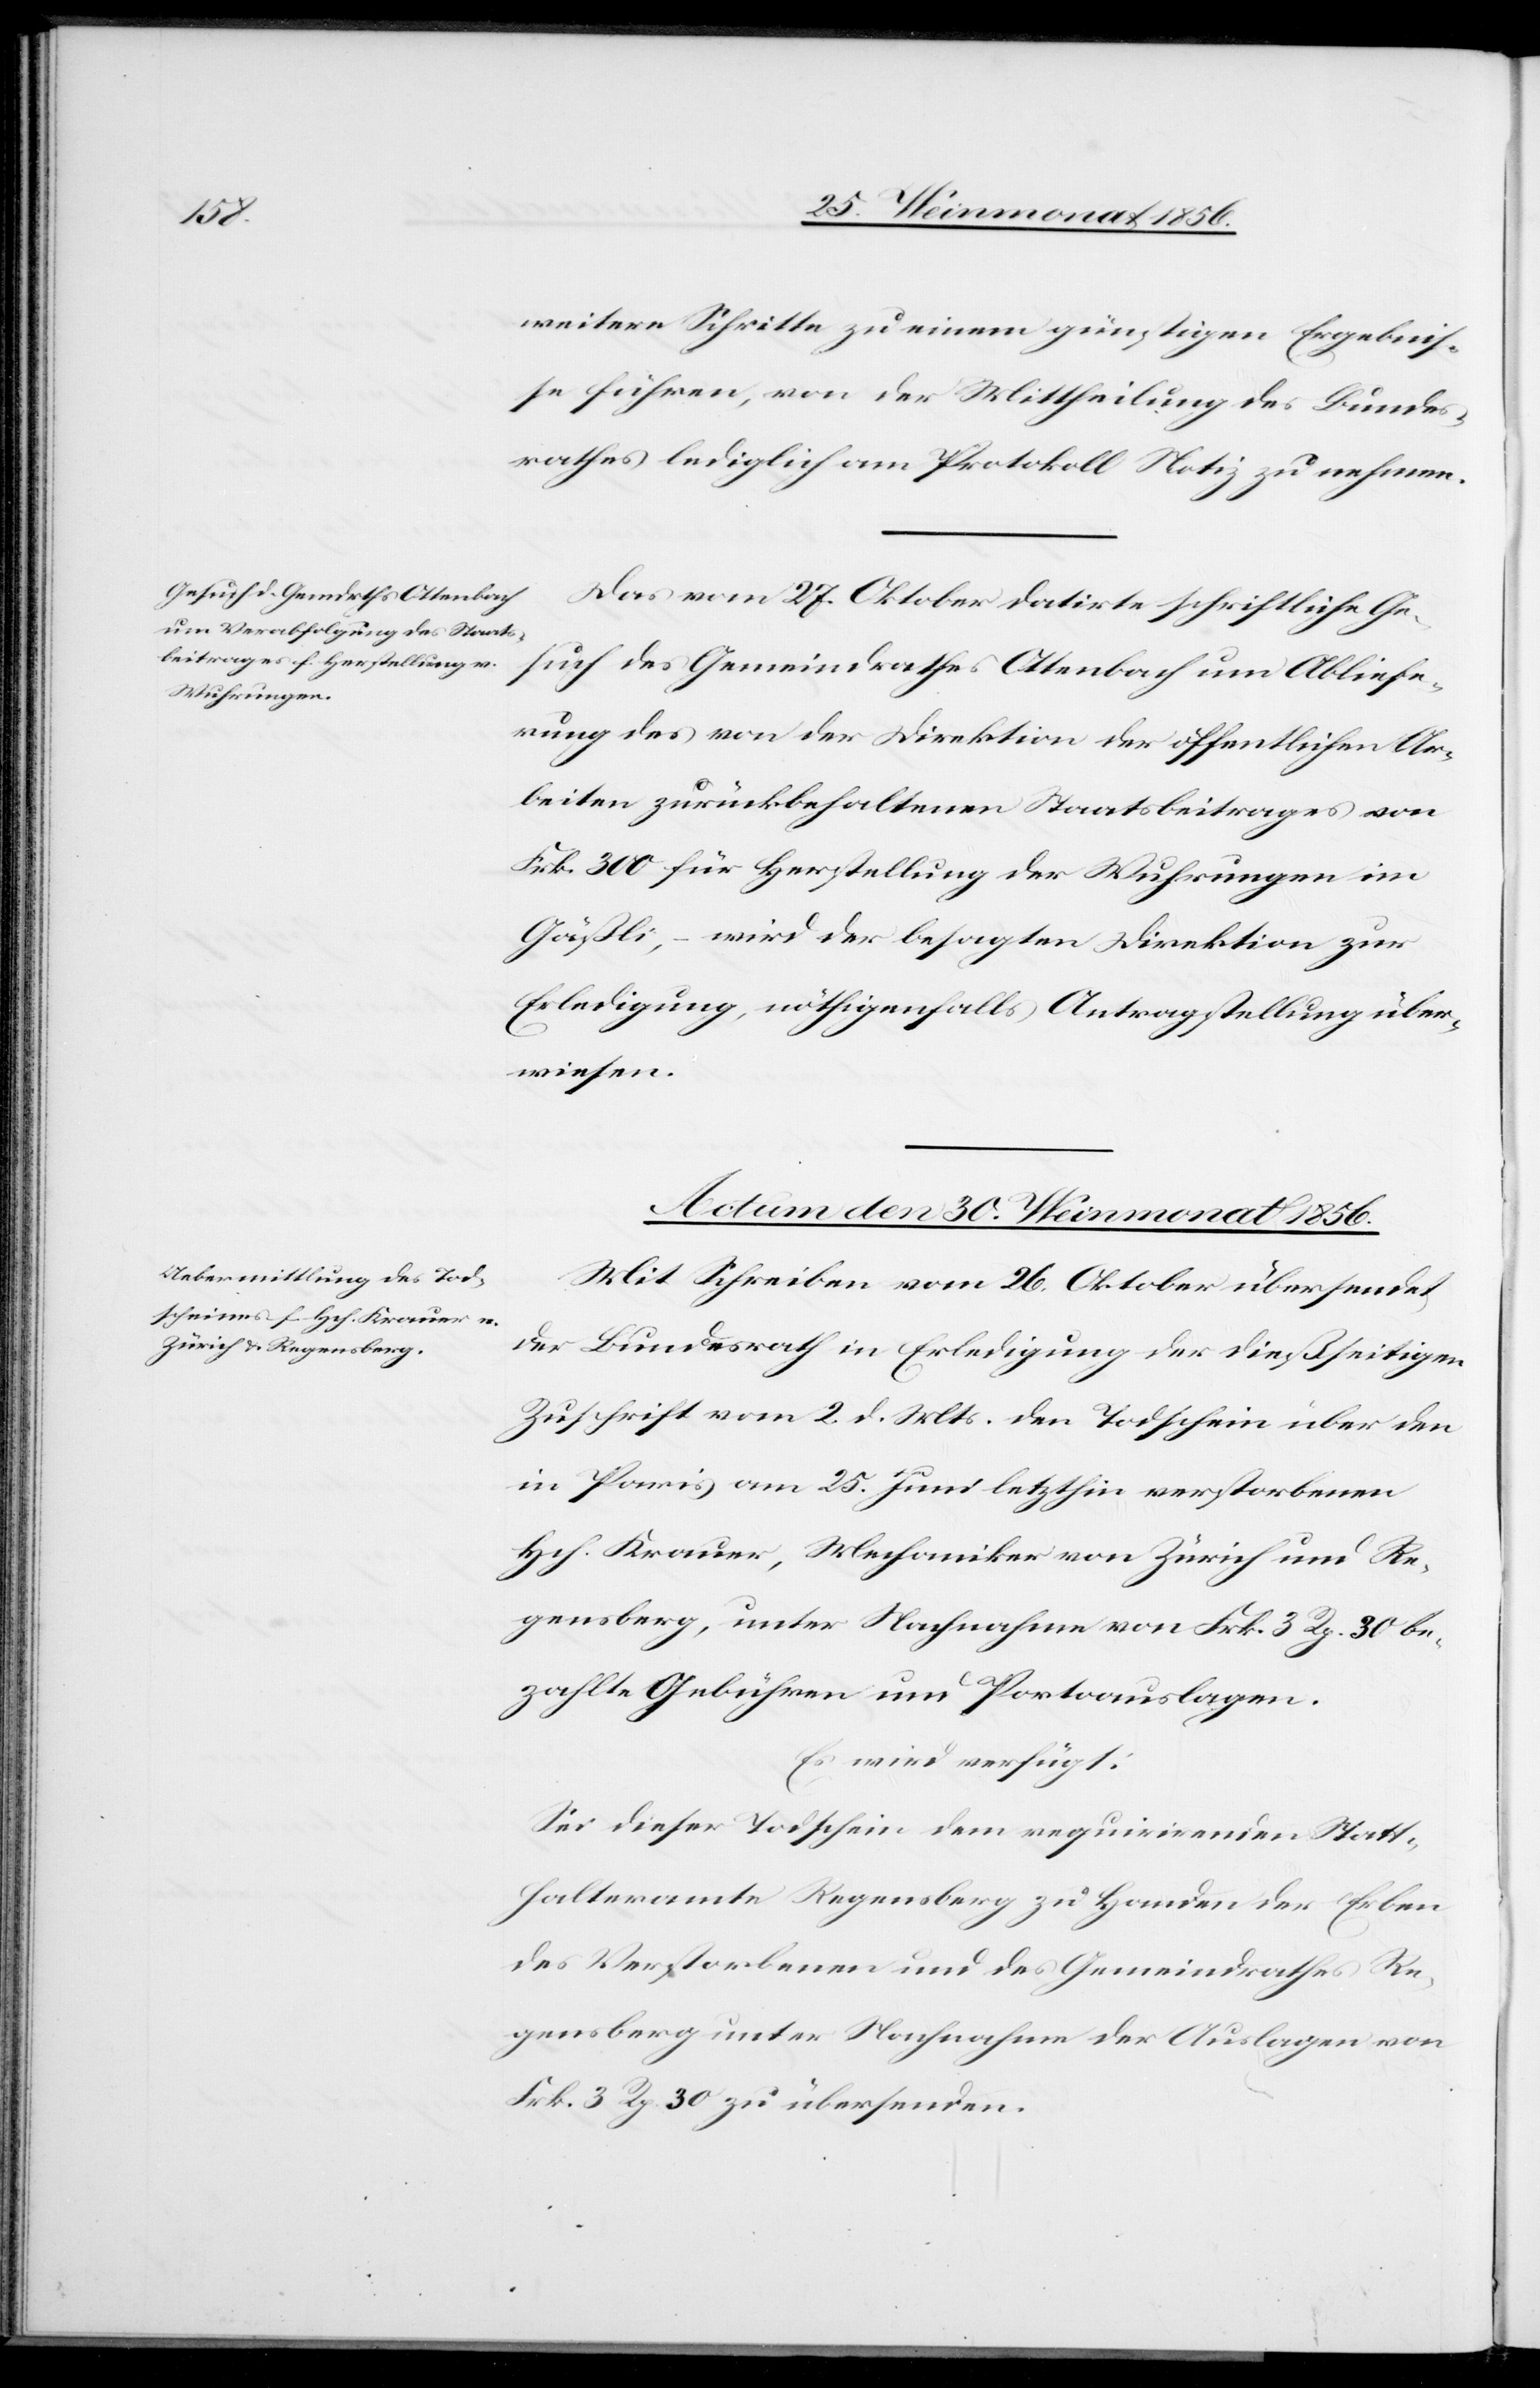
weitere Schritte zu einem günstigen Ergebnis¬
se führen, von der Mittheilung des Bundes¬
rathes lediglich am Protokoll Notiz zu nehmen.
Das vom 27. Oktober datirte schriftliche Ge¬
such des Gemeindrathes Ottenbach um Abliefe¬
rung des von der Direktion der öffentlichen Ar¬
beiten zurückbehaltenen Staatsbeitrages von
Frk. 300 für Herstellung der Wuhrungen im
Gäßli, – wird der besagten Direktion zur
Erledigung, nöthigenfalls Antragstellung über¬
wiesen.
Actum den 30. Weinmonat 1856.
Mit Schreiben vom 26. Oktober übersendet
der Bundesrath in Erledigung der dießseitigen
Zuschrift vom 2. d. Mts. den Todschein über den
in Paris am 25. Juni letzthin verstorbenen
Hch. Krauer, Mechaniker von Zürich und Re¬
gensberg, unter Nachnahme von Frk. 3 Rp. 30 be¬
zahlte Gebühren und Portoauslagen.
Es wird verfügt:
Sei dieser Todschein dem requirirenden Statt¬
halteramte Regensberg zu Handen der Erben
des Verstorbenen und des Gemeindrathes Re¬
gensberg unter Nachnahme der Auslagen von
Frk. 3 Rp. 30 zu übersenden.